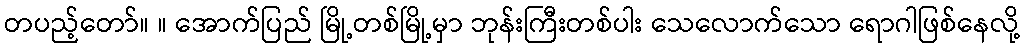
တပည့်တော်။ ။ အောက်ပြည် မြို့တစ်မြို့မှာ ဘုန်းကြီးတစ်ပါး သေလောက်သော ရောဂါဖြစ်နေလို့